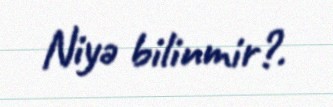
Niyə bilinmir?.